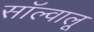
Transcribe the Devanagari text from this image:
सॉल्वालू